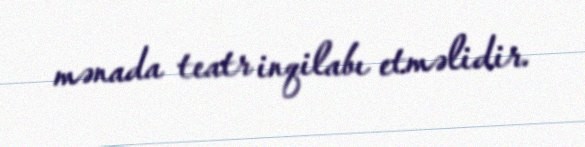
mənada teatr inqilabı etməlidir.